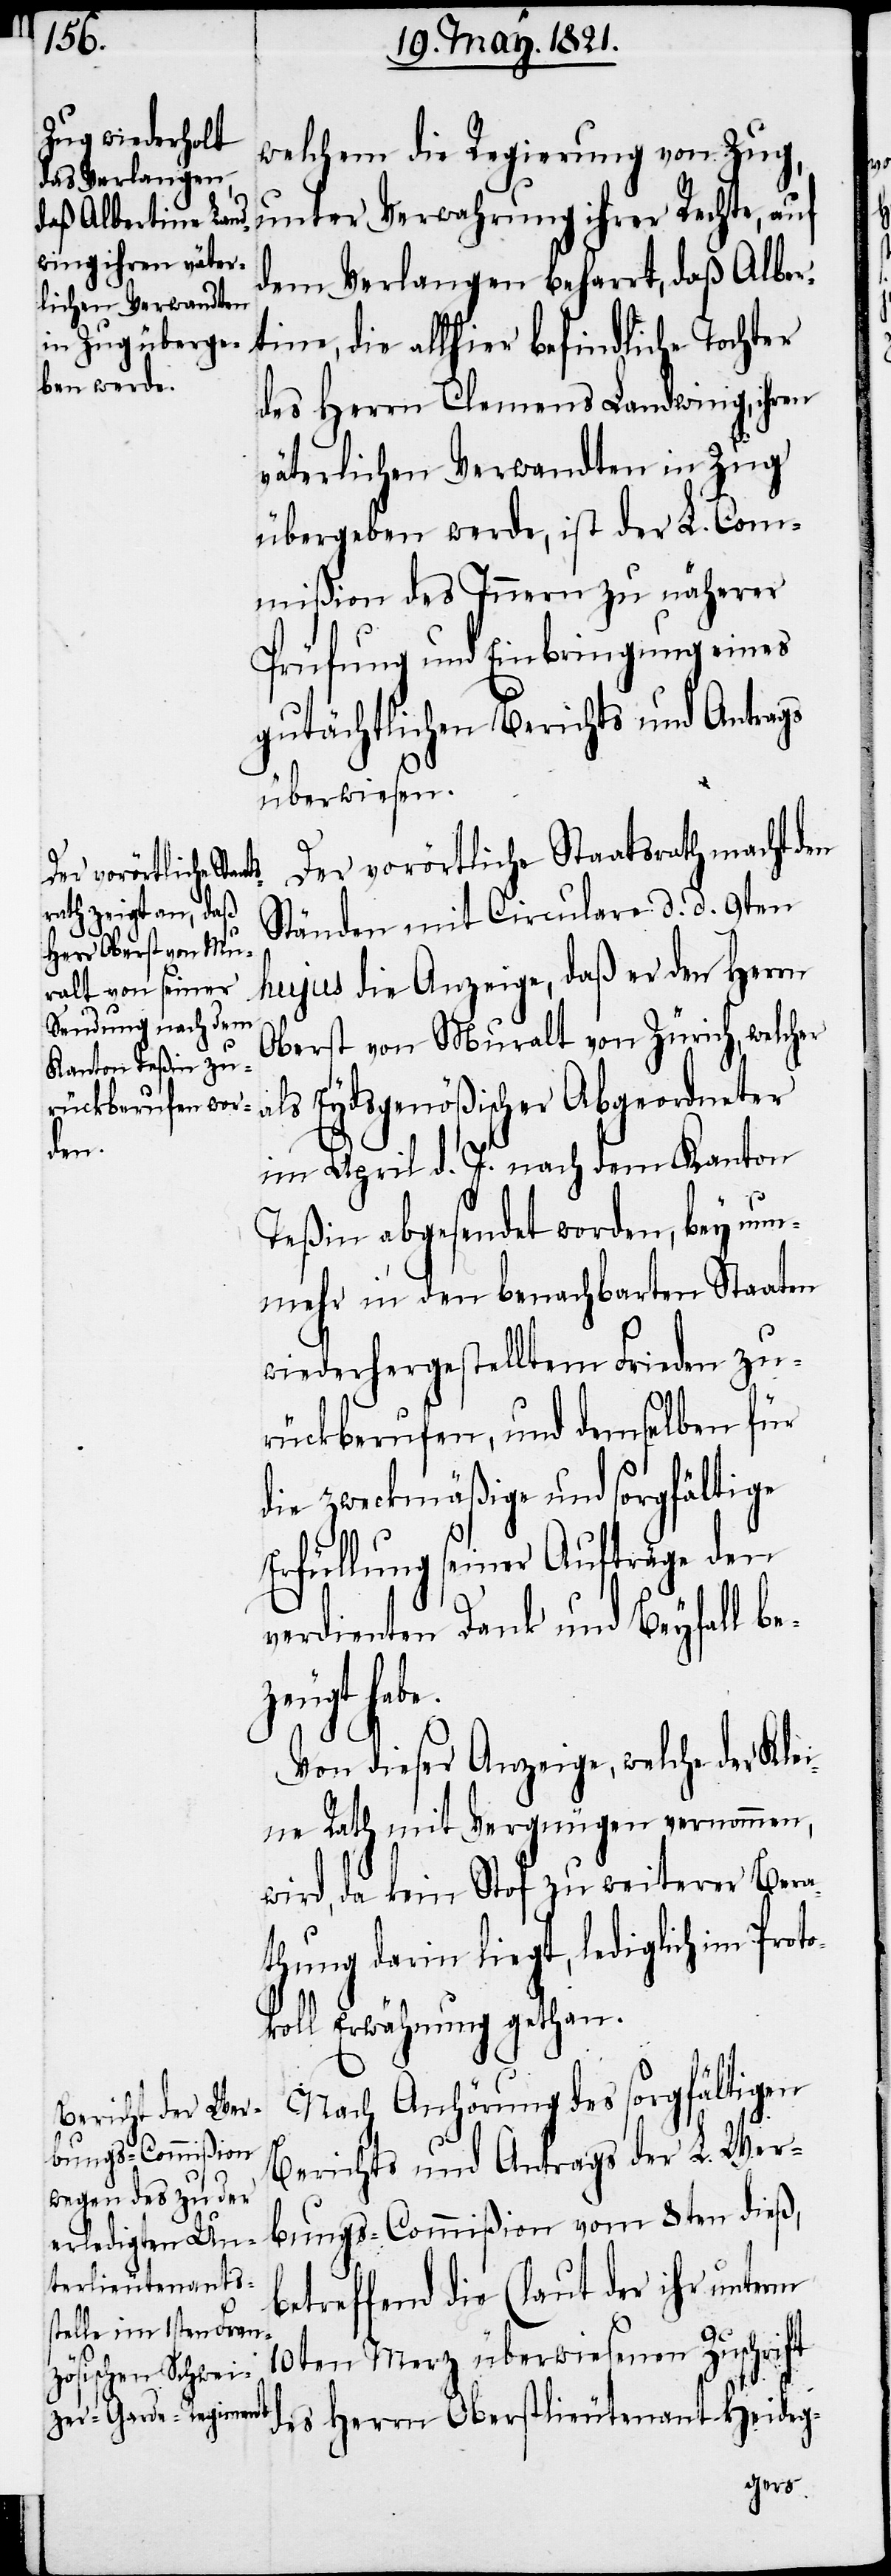
e.

welchem die Regierung von Zug,
unter Verwahrung ihrer Rechte, auf
dem Verlangen beharrt, daß Alber¬
tine, die allhier befindliche Tochter
des Herrn Clemens Landwing, ihren
väterlichen Verwandten in Zug
übergeben werde, ist der L. Com¬
mißion des Innern zu näherer
Prüfung und Einbringung eines
gutächtlichen Berichts und Antrags
überwiesen.
Der vorörtliche Staatsrath macht den
Ständen mit Circulare d. d. 9ten
hujus die Anzeige, daß er den Herrn
Oberst von Muralt von Zürich, welcher
als Eydsgenößischer Abgeordneter
im April d. J. nach dem Kanton
Teßin abgesendet worden, bey nun¬
mehr in den benachbarten Staaten
wiederhergestelltem Frieden zu¬
rückberufen, und demselben für
die zweckmäßige und sorgfältige
Erfüllung seiner Aufträge den
verdienten Dank und Beyfall be¬
zeugt hab¬
Von dieser Anzeige, welche der Klei¬
ne Rath mit Vergnügen vernommen,
wird, da kein Stof zu weiterer Bera¬
thung darin liegt, lediglich im Proto¬
koll Erwähnung gethan.
Nach Anhörung des sorgfältigen
Berichts und Antrags der L. Wer¬
bungs-Commißion vom 8ten dieß,
betreffend die (laut der ihr unterm
10ten Merz überwiesenen Zuschrift
des Herrn Oberstlieutenant Heideg-